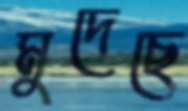
মুদেছে